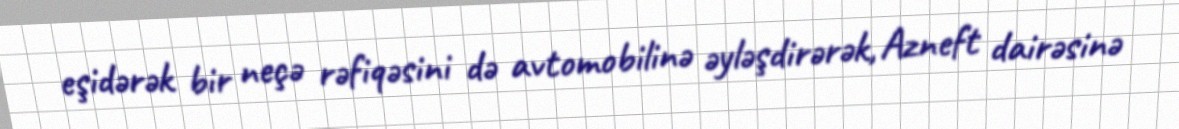
eşidərək bir neçə rəfiqəsini də avtomobilinə əyləşdirərək, Azneft dairəsinə